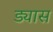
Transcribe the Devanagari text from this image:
ड्यास